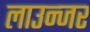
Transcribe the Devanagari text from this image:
लाउन्जर